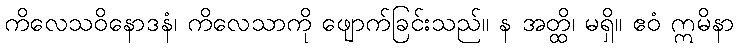
ကိလေသဝိနောဒနံ၊ ကိလေသာကို ဖျောက်ခြင်းသည်။ န အတ္ထိ၊ မရှိ။ ဧဝံ ဣမိနာ